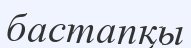
бастапқы